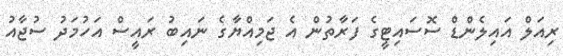
ރިއަލް އައިލެންޑް ސޮސައިޓީގެ ފަރާތުން އެ ޖަމިއްޔާގެ ނައިބު ރައީސް އަހުމަދު ސުޖާއު